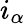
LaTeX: i_{\alpha}